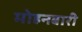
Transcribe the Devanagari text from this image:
मोहनबारी